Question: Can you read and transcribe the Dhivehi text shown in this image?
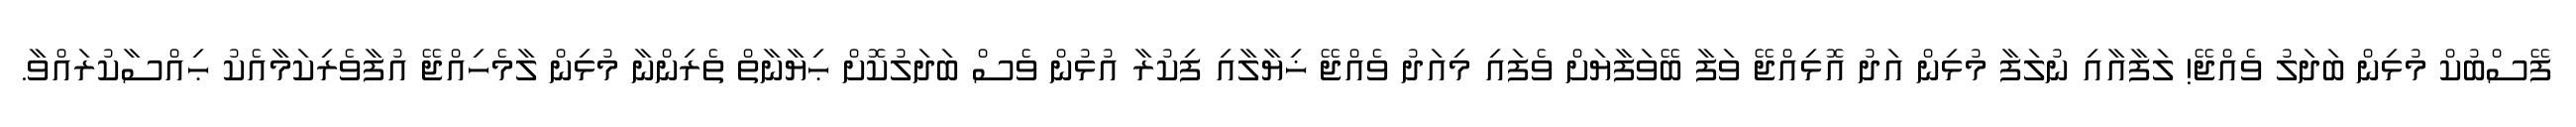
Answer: ފޭސްބުކް މުޅިން ބަދަލު ވެއްޖޭ! ލަފާއާއި ނުލަފާ މުޅިން އަދު އޮޅިއްޖޭ ވަފާ ބޭވަފާޔަށް ވެފައި މިއަދު ވެއްޖޭ ޚިޔާލާއި ފިކުރާ އުޅުން ވެސް ބަދަލުކޮށް ޙިޔާނާތް ތެރިންނާ މުޅިން ލާމެހިއްޖޭ އުފާވެރިކަމާއެކު ޙިއްސާކުރައްވާ.